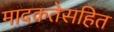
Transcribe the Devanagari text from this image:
मादकतेसहित